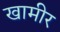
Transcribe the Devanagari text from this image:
खामीर